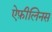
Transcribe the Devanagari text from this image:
ऐफ़ीलिनस